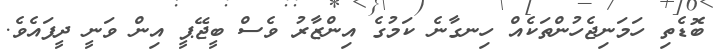
ބޮޑެތި ހަމަނިޖެހުންތަކެއް ހިނގާނެ ކަމުގެ އިންޒާރު ވެސް ބީޖޭޕީ އިން ވަނީ ދީފައެވެ.